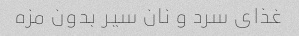
غذاى سرد و نان سیر بدون مزه